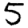
Digit: 5